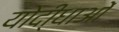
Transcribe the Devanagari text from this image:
योदी्धाओं